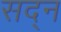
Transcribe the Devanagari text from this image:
सद्न